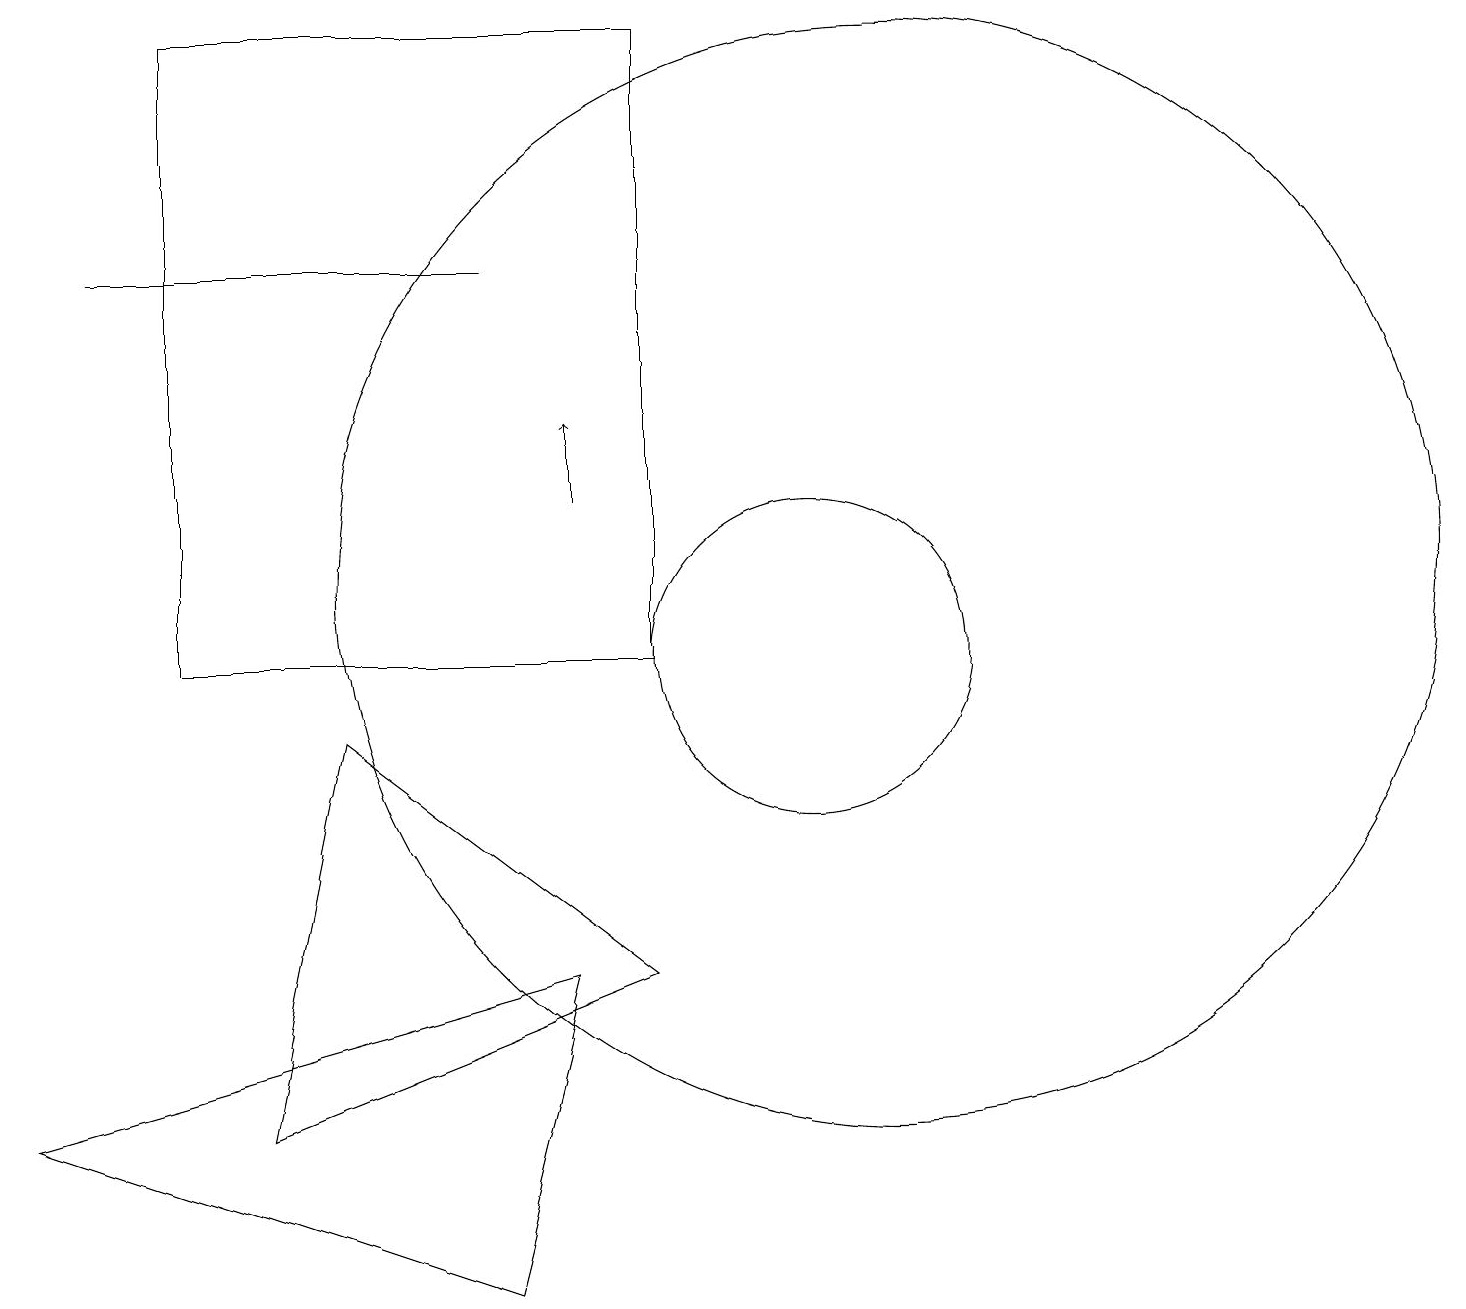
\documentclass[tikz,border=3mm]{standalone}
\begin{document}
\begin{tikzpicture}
\draw (10,10) circle (2);
\draw (8,18) rectangle (2,10);
\draw (11,11) circle (7);
\draw[->] (7,12) -- (7,13);
\draw (6,15) rectangle (1,15);
\draw (7,6) -- (6,2) -- (0,4) -- cycle;
\draw (8,6) -- (3,4) -- (4,9) -- cycle;
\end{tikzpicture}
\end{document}